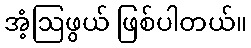
အံ့ဩဖွယ် ဖြစ်ပါတယ်။